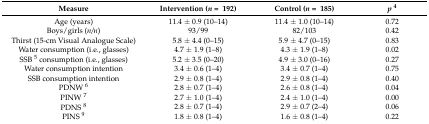
| Measure | Intervention (n = 192) | Control (n = 185) | p4 |
 | --- | --- | --- | --- |
 | Age (years) | 11.4 ± 0.9 (10–14) | 11.4 ± 1.0 (10–14) | 0.72 |
 | Boys/girls (n/n) | 93/99 | 82/103 | 0.42 |
 | Thirst (15-cm Visual Analogue Scale) | 5.8 ± 4.4 (0–15) | 5.9 ± 4.7 (0–15) | 0.83 |
 | Water consumption (i.e., glasses) | 4.7 ± 1.9 (1–8) | 4.3 ± 1.9 (1–8) | 0.02 |
 | SSB 5 consumption (i.e., glasses) | 5.2 ± 3.5 (0–20) | 4.9 ± 3.0 (0–16) | 0.27 |
 | Water consumption intention | 3.4 ± 0.6 (1–4) | 3.4 ± 0.7 (1–4) | 0.75 |
 | SSB consumption intention | 2.9 ± 0.8 (1–4) | 2.9 ± 0.8 (1–4) | 0.40 |
 | PDNW 6 | 2.8 ± 0.7 (1–4) | 2.6 ± 0.8 (1–4) | 0.04 |
 | PINW 7 | 2.7 ± 1.0 (1–4) | 2.4 ± 1.0 (1–4) | 0.00 |
 | PDNS 8 | 2.8 ± 0.7 (1–4) | 2.9 ± 0.7 (2–4) | 0.06 |
 | PINS 9 | 1.8 ± 0.8 (1–4) | 1.6 ± 0.8 (1–4) | 0.22 |